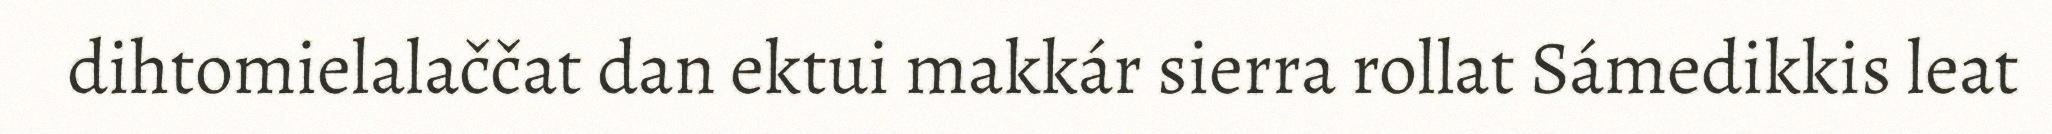
dihtomielalaččat dan ektui makkár sierra rollat Sámedikkis leat